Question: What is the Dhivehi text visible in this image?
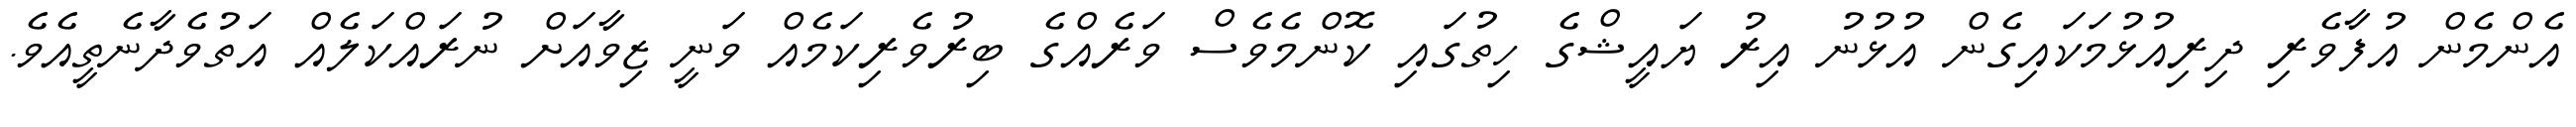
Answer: އެންމެން އުފާވެރި ދިރިއުޅުމަކައިގެން އުޅުނު އިރު ޔައީޝްގެ ހިތުގައި ކޮންމެވެސް ވަރެއްގެ ބިރުވެރިކަމެއް ވަނީ ޒިވާއަށް ނުރައްކަލެއް އަތުވެދާނެތީއެވެ.